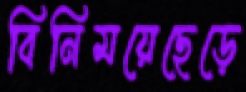
বিনিময়েছেড়ে